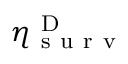
\eta _ { \mathrm { ~ s ~ u ~ r ~ v ~ } } ^ { \mathrm { ~ D ~ } }